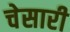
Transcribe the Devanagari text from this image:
चेसारी